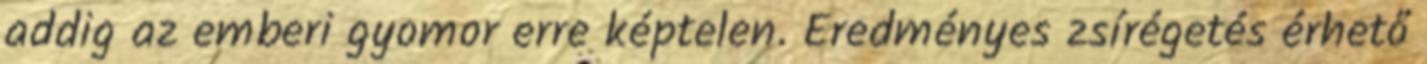
addig az emberi gyomor erre képtelen. Eredményes zsírégetés érhető